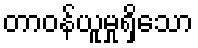
တာဝန်ယူမှုရှိသော